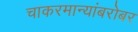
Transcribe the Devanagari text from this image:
चाकरमान्यांबरोबर